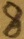
Text: 8